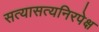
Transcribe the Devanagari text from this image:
सत्यासत्यनिरपेक्ष